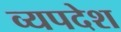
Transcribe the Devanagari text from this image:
व्यपदेश